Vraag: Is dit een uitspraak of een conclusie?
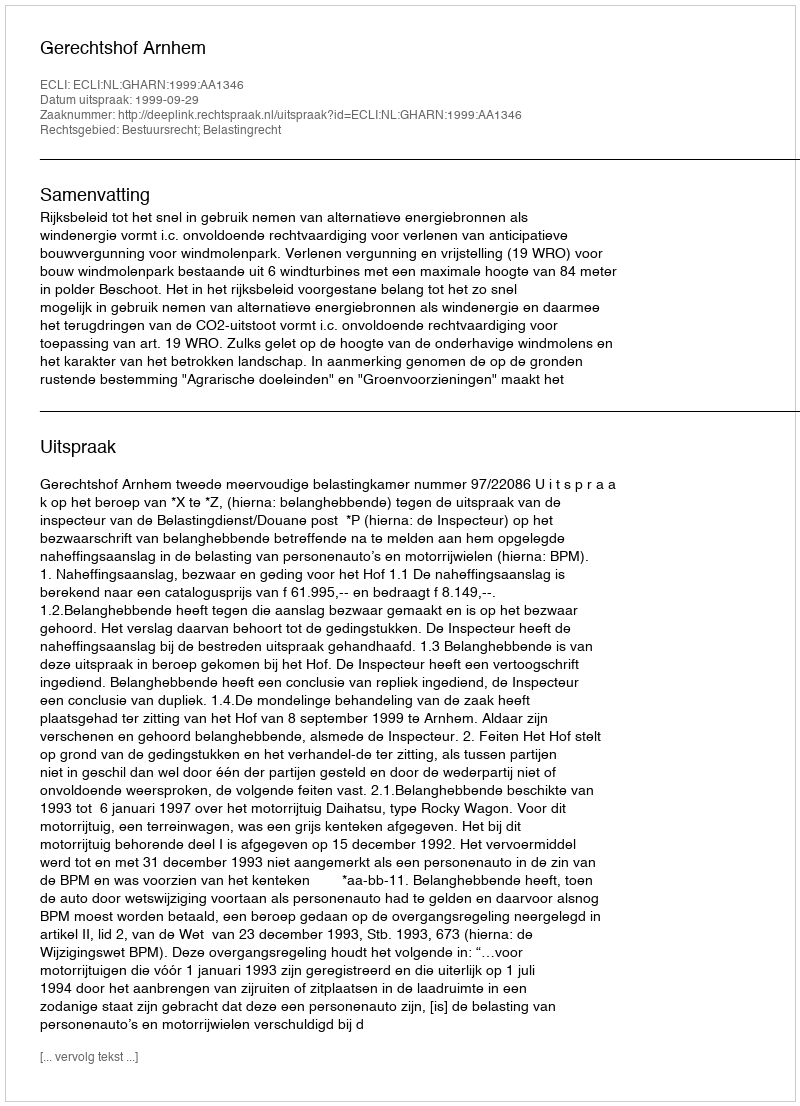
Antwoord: Uitspraak